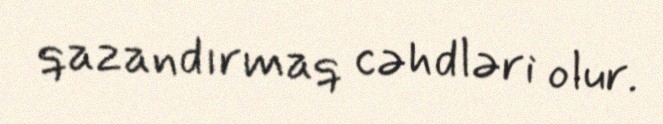
qazandırmaq cəhdləri olur.